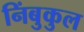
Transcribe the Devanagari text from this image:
निंबुकुल